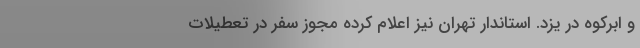
و ابرکوه در یزد. استاندار تهران نیز اعلام کرده مجوز سفر در تعطیلات